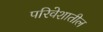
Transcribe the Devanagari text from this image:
परिवेशातील